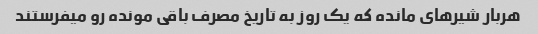
هربار شیرهای مانده که یک روز به تاریخ مصرف باقی مونده رو میفرستند